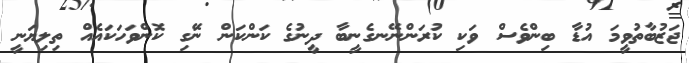
ޖަޒުބާތުވީމަ އުޑާ ބިންވެސް ވަކި ކުރަންނޭނގެނީބާ ދީނުގެ ކަންކަން ނަޭގި ކޮންވަަހަކައެއް ތިލިޔަނީ